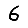
Digit: 6